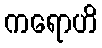
ကရောဟိ